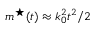
m ^ { \star } ( t ) \approx k _ { 0 } ^ { 2 } t ^ { 2 } / 2